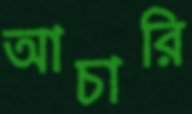
আচারি